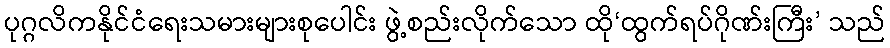
ပုဂ္ဂလိကနိုင်ငံရေးသမားများစုပေါင်း ဖွဲ့စည်းလိုက်သော ထို‘ထွက်ရပ်ဂိုဏ်းကြီး’ သည်